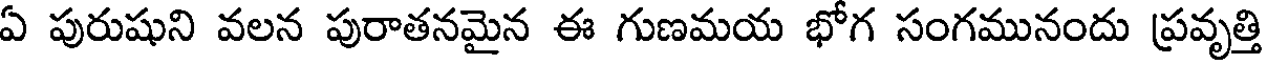
ఏ పురుషుని వలన పురాతనమైన ఈ గుణమయ భోగ సంగమునందు ప్రవృత్తి